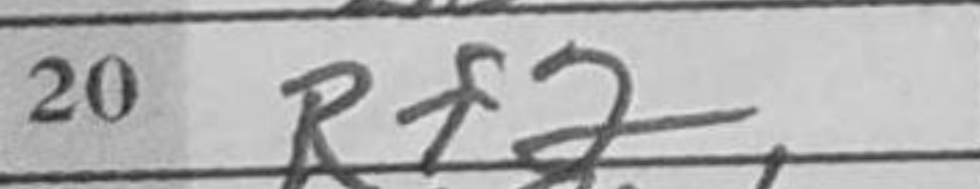
Transcription: Rf2